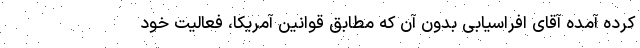
کرده آمده آقای افراسیابی بدون آن که مطابق قوانین آمریکا، فعالیت خود